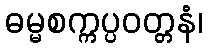
ဓမ္မစက္ကပ္ပဝတ္တနံ၊